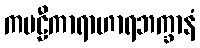
ကဗဠီကာရာဟာရဘက္ခာနံ